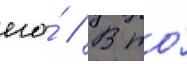
его́ // В то́